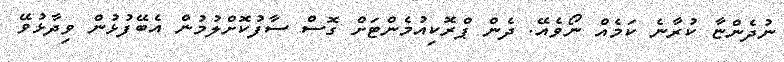
ނުދެންޏާ ކުރާނެ ކަމެއް ނޯވެއޭ. ދެން ޕްރޮކިއުމެންޓަށް ގޮސް ސާފުކޮށްލުމުން އެބޭފުޅުން ވިދާޅުވޭ